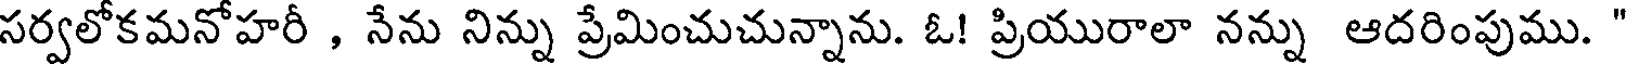
సర్వలోకమనోహరీ , నేను నిన్ను ప్రేమించుచున్నాను. ఓ! ప్రియురాలా నన్ను ఆదరింపుము. "